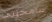
سامحينى